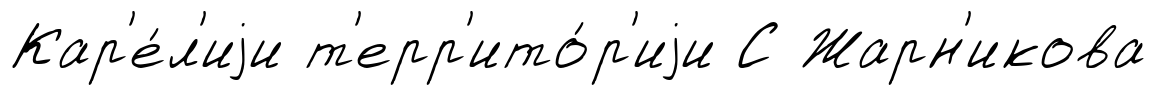
Кар'е́л'иjи т'ерр'ито́р'иjи С Жарн'икова